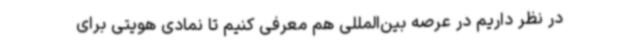
در نظر داریم در عرصه بین‌المللی هم معرفی کنیم تا نمادی هویتی برای